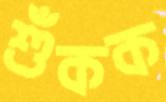
শুঁকক